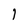
Character: 1